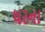
ધરના